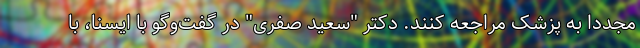
مجددا به پزشک مراجعه کنند. دکتر "سعید صفری" در گفت‌وگو با ایسنا، با